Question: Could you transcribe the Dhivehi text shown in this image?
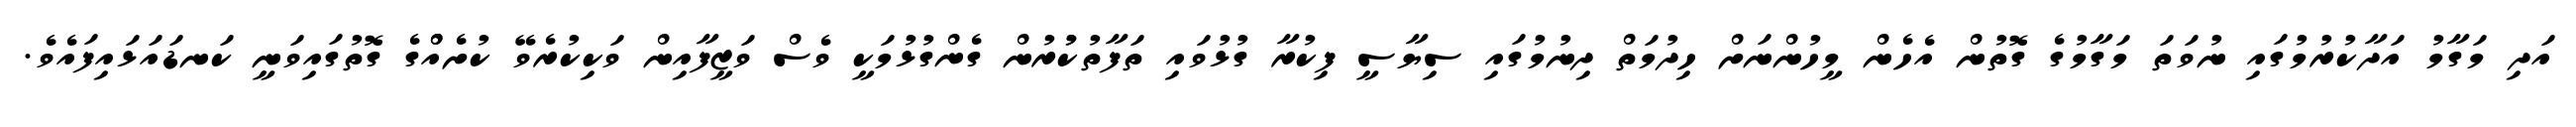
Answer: އަދި މަގާމު އަދާކުރުމުގައި ނުވަތަ މަގާމުގެ ގޮތުން އެހެން މީހުންނަށް ހިދުމަތް ދިނުމުގައި ސިޔާސީ ފިކުރާ ގުޅުވައި ތަފާތުކުުރުން ގެންގުޅުމަކީ ވެސް ވަޒީފާއިން ވަކިކުރެވޭ ކުށެއްްގެ ގޮތުގައިވަނީ ކަނޑައަޅައިފައެވެ.